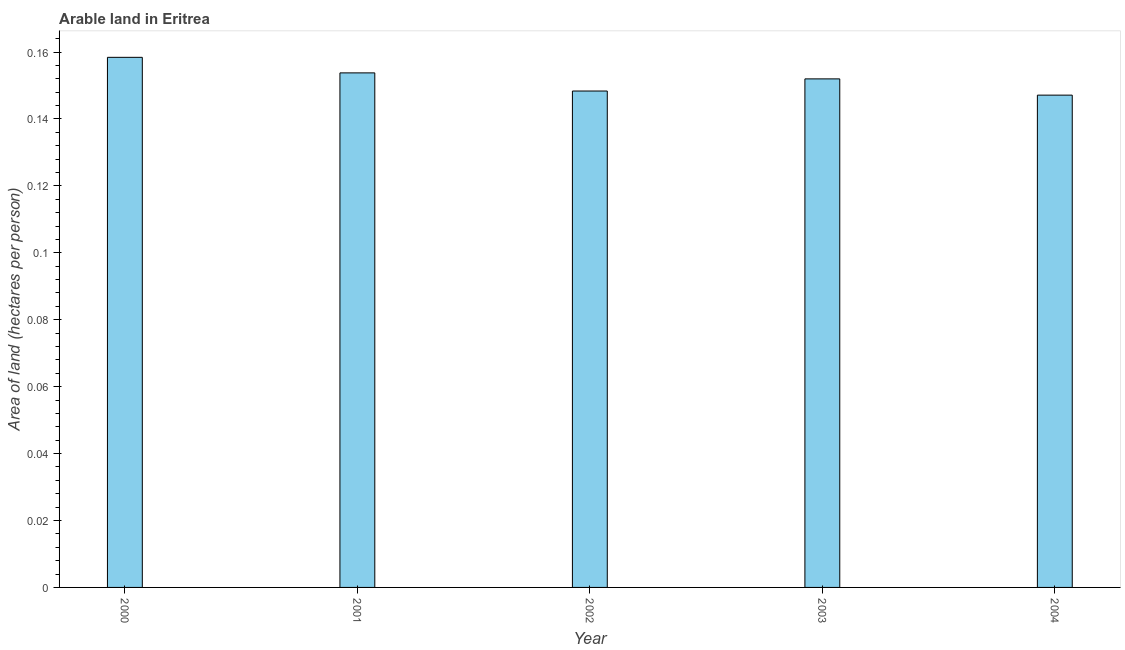
| Year | Arable land |
 | --- | --- |
 | 2000 | 0.158 |
 | 2001 | 0.154 |
 | 2002 | 0.148 |
 | 2003 | 0.152 |
 | 2004 | 0.147 |